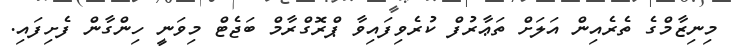
މިނިޒާމްގެ ތެރެއިން އަލަށް ތަޢާރުފް ކުރެވިފައިވާ ޕްރޮގްރާމް ބަޖެޓް މިވަނީ ހިންގާން ފެށިފައި.